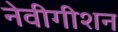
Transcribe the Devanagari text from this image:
नेवीगीशन